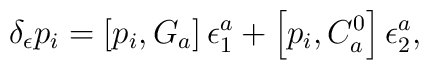
\delta _\epsilon p_i=\left[ p_i,G_a\right] \epsilon _1^a+\left[p_i,C_a^0\right] \epsilon _2^a,